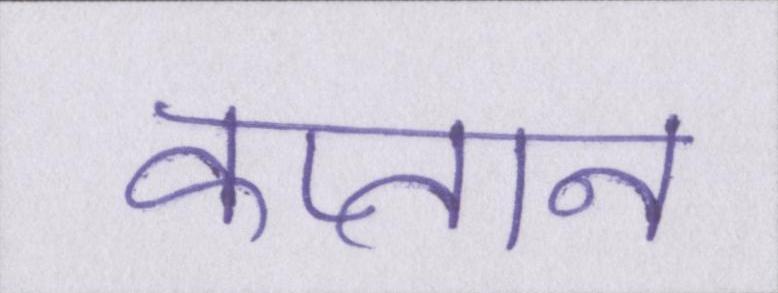
कप्तान